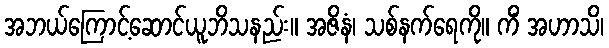
အဘယ်ကြောင့်ဆောင်ယူဘိသနည်း။ အဇိနံ၊ သစ်နက်ရေကို။ ကိံ အဟာသိ၊